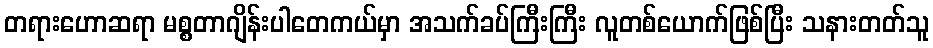
တရားဟောဆရာ မစ္စတာဂျိန်းပါတေကယ်မှာ အသက်ခပ်ကြီးကြီး လူတစ်ယောက်ဖြစ်ပြီး သနားတတ်သူ